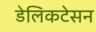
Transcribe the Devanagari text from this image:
डेलिकटेसन